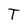
Character: T